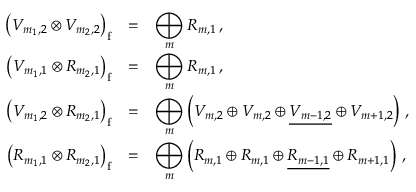
\begin{array} { r c l } { { { \displaystyle \left( { \cal V } _ { m _ { 1 } , 2 } \otimes { \cal V } _ { m _ { 2 } , 2 } \right) _ { \mathrm f } } } } & { { = } } & { { \displaystyle \bigoplus _ { m } { \cal R } _ { m , 1 } \, , } } \\ { { \displaystyle \left( { \cal V } _ { m _ { 1 } , 1 } \otimes { \cal R } _ { m _ { 2 } , 1 } \right) _ { \mathrm f } } } & { { = } } & { { \displaystyle \bigoplus _ { m } { \cal R } _ { m , 1 } \, , } } \\ { { \displaystyle \left( { \cal V } _ { m _ { 1 } , 2 } \otimes { \cal R } _ { m _ { 2 } , 1 } \right) _ { \mathrm f } } } & { { = } } & { { \displaystyle \bigoplus _ { m } \left( { \cal V } _ { m , 2 } \oplus { \cal V } _ { m , 2 } \oplus \underline { { { { \cal V } _ { m - 1 , 2 } } } } \oplus { \cal V } _ { m + 1 , 2 } \right) \, , } } \\ { { \displaystyle \left( { \cal R } _ { m _ { 1 } , 1 } \otimes { \cal R } _ { m _ { 2 } , 1 } \right) _ { \mathrm f } } } & { { = } } & { { \displaystyle \bigoplus _ { m } \left( { \cal R } _ { m , 1 } \oplus { \cal R } _ { m , 1 } \oplus \underline { { { { \cal R } _ { m - 1 , 1 } } } } \oplus { \cal R } _ { m + 1 , 1 } \right) \, , } } \end{array}